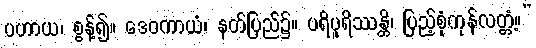
ပဟာယ၊ စွန့်၍။ ဒေဝကာယံ၊ နတ်ပြည်၌။ ပရိပူရိဿန္တိ၊ ပြည့်စုံကုန်လတ္တံ့။”